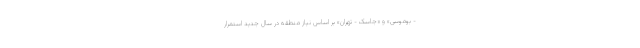
- بوموسی» و «جاسک - تهران» بر اساس نیاز منطقه در سال جدید استمرار